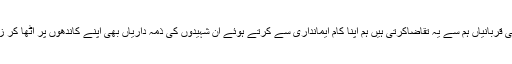
ڈاکٹر نسیم بلوچ نے مزید کہا کہ ہمارے دوستوں کی قربانیاں ہم سے یہ تقاضاکرتی ہیں ہم اپنا کام ایمانداری سے کرتے ہوئے ان شہیدوں کی ذمہ داریاں بھی اپنے کاندھوں پر اٹھا کر زیادہ بہتر انداز سے قومی تحریک کی خدمت کریں۔